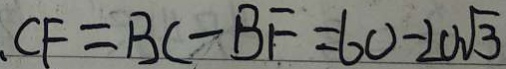
、 C F = B C - B F = 6 0 - 2 0 \sqrt { 3 }